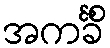
အကင်္ခိံ